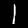
Digit: 1